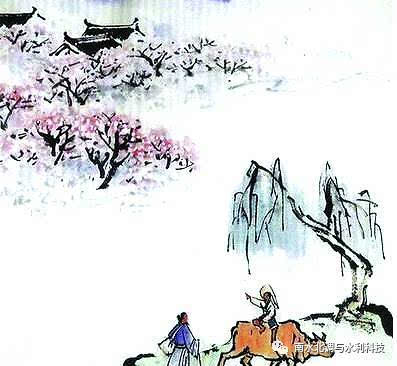
小池寒绿欲生漪，雨晴还日西。